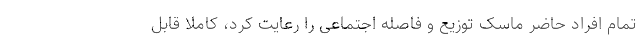
تمام افراد حاضر ماسک توزیع و فاصله اجتماعی را رعایت کرد، کاملا قابل